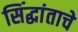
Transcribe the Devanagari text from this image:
सिंद्धांताचे